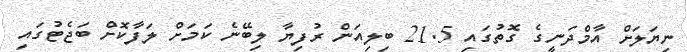
ނިޔަލަށް އާމްދަނީގެ ގޮތުގައި 21.5 ބިލިއަން ރުފިޔާ ލިބޭނެ ކަމަށް ލަފާކޮށް ބަޖެޓުގައި